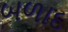
બળાદ